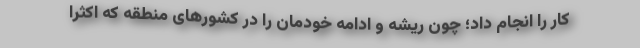
کار را انجام داد؛ چون ریشه و ادامه خودمان را در کشورهای منطقه که اکثرا